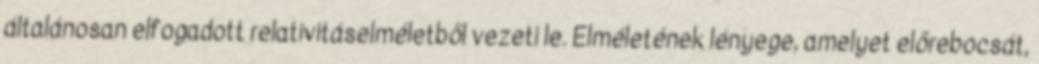
általánosan elfogadott relativitáselméletből vezeti le. Elméletének lényege, amelyet előrebocsát,